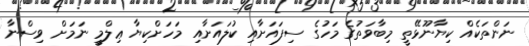
ނަންތަކެއް ކިޔާނޫޅޭތީ މިބާވަތުގެ މަހުގެ ސިފައަށާއި ކުލައަށާއި މަހަށްކިޔާ ޢިލްމީ ނަމަށް ވިސްނާ